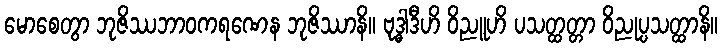
မောစေတွာ ဘုဇိဿဘာဝကရဏေန ဘုဇိဿာနိ။ ဗုဒ္ဓါဒီဟိ ဝိညူဟိ ပသတ္ထတ္တာ ဝိညုပ္ပသတ္ထာနိ။